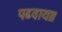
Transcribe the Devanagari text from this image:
पढवाया।